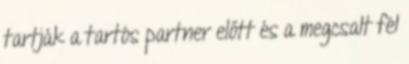
tartják a tartós partner előtt és a megcsalt fél